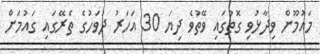
މައުމޫން ވިދާޅުވި ގޮތުގައި ވޭތުވެ ދިޔަ 30 އަހަރު ދުވަހުގެ ތެރޭގައި ގައުމަށް